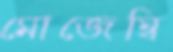
মোজেম্বি